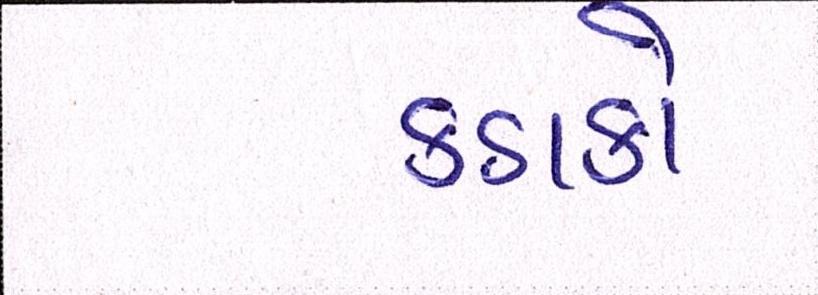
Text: કડાકો